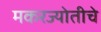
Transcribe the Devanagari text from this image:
मकरज्योतीचे